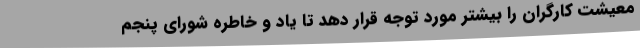
معیشت کارگران را بیشتر مورد توجه قرار دهد تا یاد و خاطره شورای پنجم